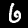
Digit: 6